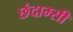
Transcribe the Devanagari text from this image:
छंदाम्सी